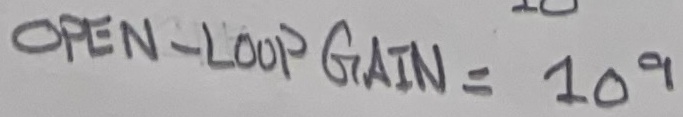
Text: OPEN-LOOP GAIN = 109